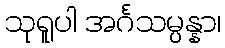
သုရူပါ အင်္ဂသမ္ပန္နာ၊